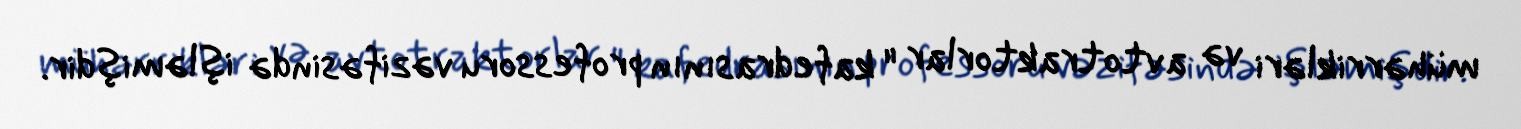
mühərrikləri və avtotraktorlar " kafedrasının professoru vəzifəsində işləmişdir.